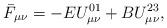
LaTeX: \begin{align*}\bar F_{\mu\nu} = -E U^{01}_{\mu\nu} +BU^{23}_{\mu\nu},\end{align*}